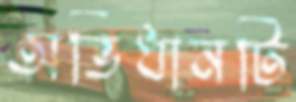
অভিধানটি